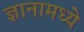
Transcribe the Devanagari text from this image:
ज्ञानामध्ये